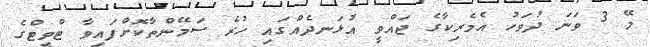
މޭ 3 ވަނަ ދުވަހު އެމެރިކާގެ ޖައްވީ އުޅަނދެއްގައި ހުރެ ސަމޭންތާކޮށްފައިވާ ޓްވީޓްގެ